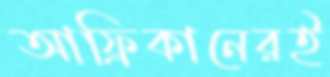
আফ্রিকানেরই